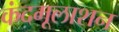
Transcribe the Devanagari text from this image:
कंदमूलाशन